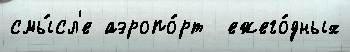
смы́сл'е аэропо́рт  ежего́дных